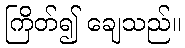
ကြိတ်၍ ချေသည်။